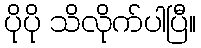
ပိုပို သိလိုက်ပါပြီ။